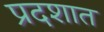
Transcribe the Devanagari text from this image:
प्रदशात